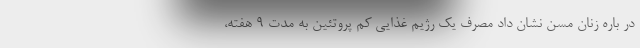
در باره زنان مسن نشان داد مصرف یک رژیم غذایی کم پروتئین به مدت ۹ هفته،